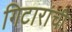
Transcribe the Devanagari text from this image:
गिटारांची